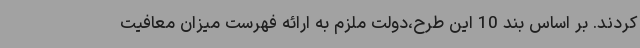
کردند. بر اساس بند 10 این طرح،دولت ملزم به ارائه فهرست میزان معافیت